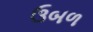
ઉબળ